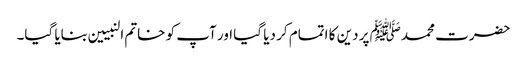
حضرت محمدﷺ پر دین کا اتمام کر دیا گیا اور آپ کو خاتم النبیین بنایا گیا۔